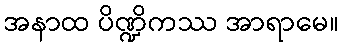
အနာထ ပိဏ္ဍိကဿ အာရာမေ။